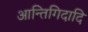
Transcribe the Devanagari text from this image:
आन्तिगिदादि